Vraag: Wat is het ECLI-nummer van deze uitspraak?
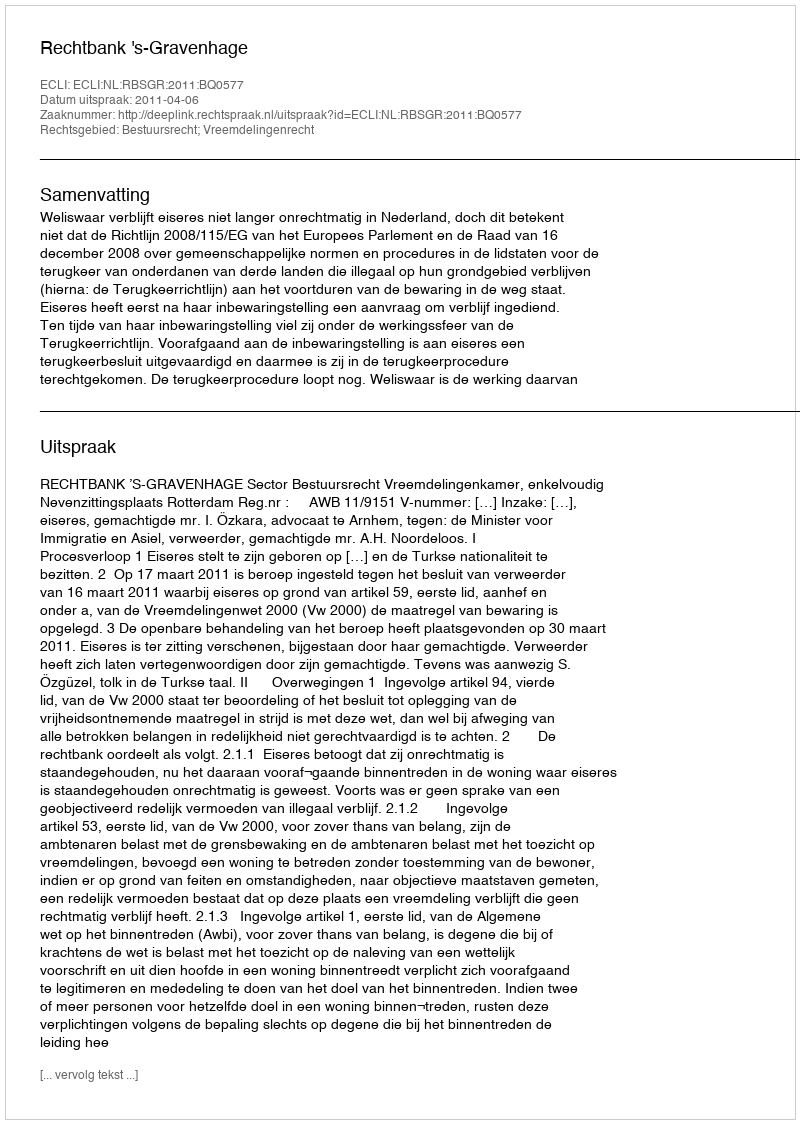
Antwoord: ECLI:NL:RBSGR:2011:BQ0577